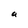
Character: a